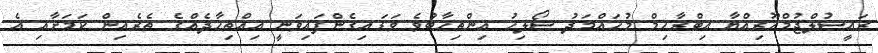
ރައީސުލްޖުމްހޫރިއްޔާ އިބްރާހިމް މުހައްމަދު ސޯލިހު އިންތިހާބުވެ ވަޑައިގެންފައިވަނީ އިއްތިހާދެއްގެ ތެރެއިން ކަމަށާއި އެ